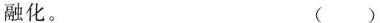
融化。 ()